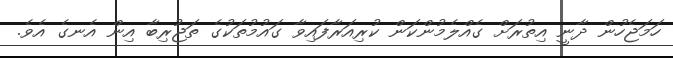
ހަމަޖެހުން ދާނީ އިތުރަށް ގެއްލެމުންކަން ކުރިއަރާފައިވާ ގައުމުތަކުގެ ތަޖުރިބާ އިން އެނގެ އެވެ.